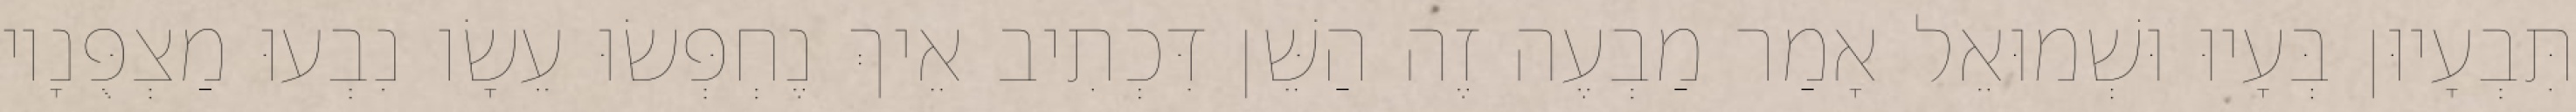
תִּבְעָיוּן בְּעָיוּ וּשְׁמוּאֵל אָמַר מַבְעֶה זֶה הַשֵּׁן דִּכְתִיב אֵיךְ נֶחְפְּשׂוּ עֵשָׂו נִבְעוּ מַצְפֻּנָיו